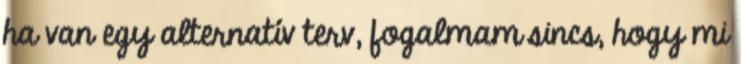
ha van egy alternatív terv, fogalmam sincs, hogy mi